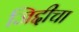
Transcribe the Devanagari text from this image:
जिद्दीचा